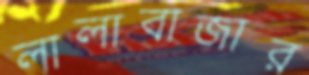
লালাবাজার